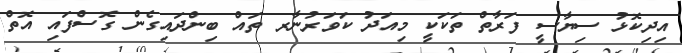
އިދިކޮޅު ސިޔާސީ ފަރާތް ތަކަކީ މިއަދު ކަވަރުނާރ ތައް ބިންދައިގެން ގޮސްފައި އޮތް